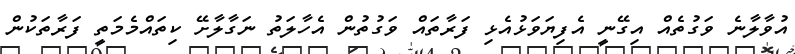
އުވާލާނެ ވަގުތެއް އިގޭނީ އެފިޔަވަޅުއެޅި ފަރާތައް ވަގުތުން އެހާލަތު ނަގާލާށޭ ކިތައްމެމަތީ ފަރާތަކުން